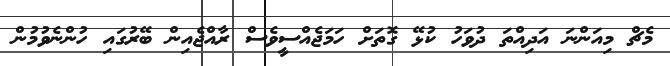
މެޗް މިއަންނަ އަދިއްތަ ދުވަހު ކުޅޭ ގޮތަށް ހަމަޖެއްސީވެސް ރާއްޖެއިން ބޭރުގައި ހުންނެވުމުން